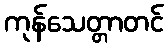
ကုန်သေတ္တာတင်